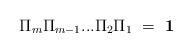
LaTeX: \begin{align*}\Pi_m \Pi_{m - 1} ... \Pi_2 \Pi_1 \ = \ \mbox{\bf 1}\end{align*}